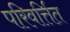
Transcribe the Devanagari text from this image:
परिवर्त्तित